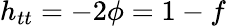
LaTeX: h_{tt}=-2\phi=1-f